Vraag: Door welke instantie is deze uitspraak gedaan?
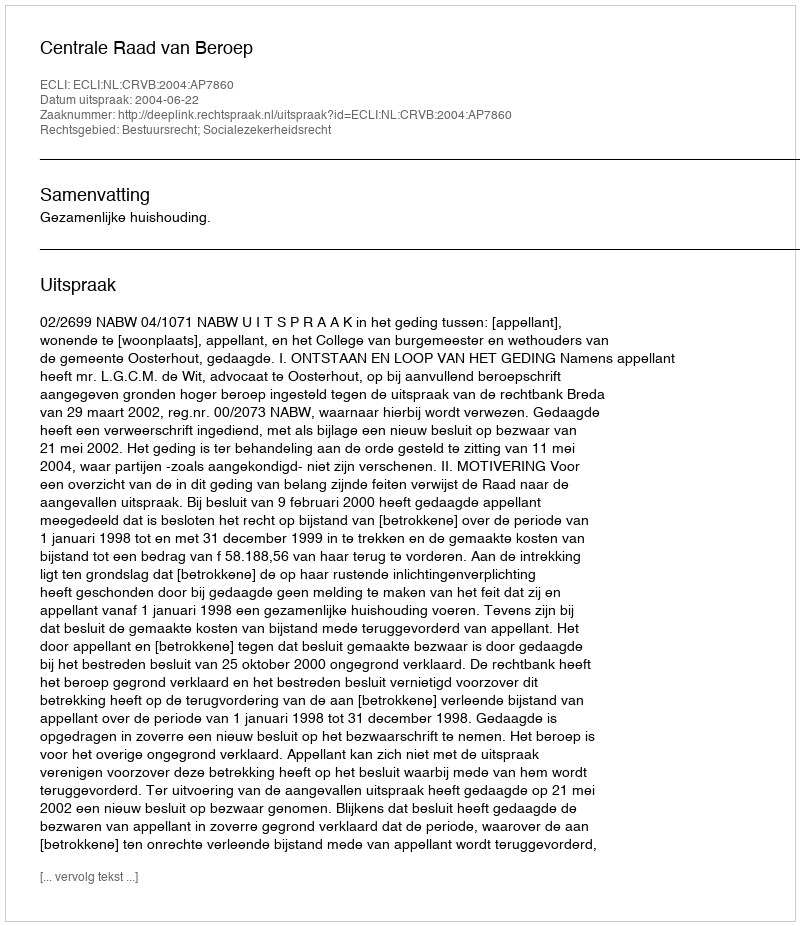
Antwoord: Centrale Raad van Beroep